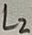
Text: L2